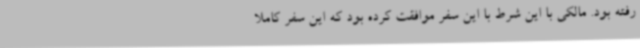
رفته بود. مالکی با این شرط با این سفر موافقت کرده بود که این سفر کاملا